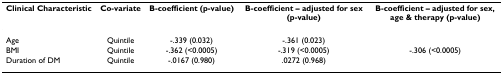
<table><thead><tr><td><b>Clinical Characteristic</b></td><td><b>Co-variate</b></td><td><b>B-coefficient (p-value)</b></td><td><b>B-coefficient – adjusted for sex (p-value)</b></td><td><b>B-coefficient – adjusted for sex, age &amp; therapy (p-value)</b></td></tr></thead><tbody><tr><td>Age</td><td>Quintile</td><td>-.339 (0.032)</td><td>-.361 (0.023)</td><td></td></tr><tr><td>BMI</td><td>Quintile</td><td>-.362 (&lt;0.0005)</td><td>-.319 (&lt;0.0005)</td><td>-.306 (&lt;0.0005)</td></tr><tr><td>Duration of DM</td><td>Quintile</td><td>-.0167 (0.980)</td><td>.0272 (0.968)</td><td></td></tr></tbody></table>